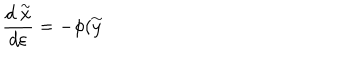
\frac { d \stackrel { \sim } { x } } { d \varepsilon } = - \phi ( \stackrel { \sim } { y }